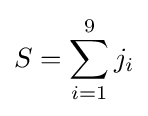
S=\sum _{i=1}^{9}j_{i}